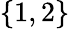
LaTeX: \{ 1,2\}